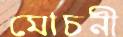
মোচনী